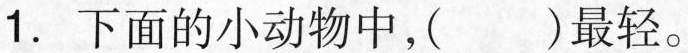
1.下面的小动物中，()最轻。